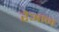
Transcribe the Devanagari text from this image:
रेआन